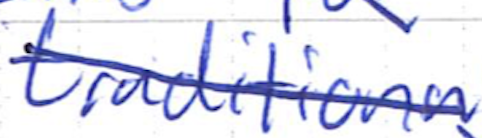
Text: traditional
Cross-out: mix
Writing tool: ballpoint